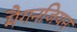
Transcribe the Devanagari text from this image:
मैगनजियन